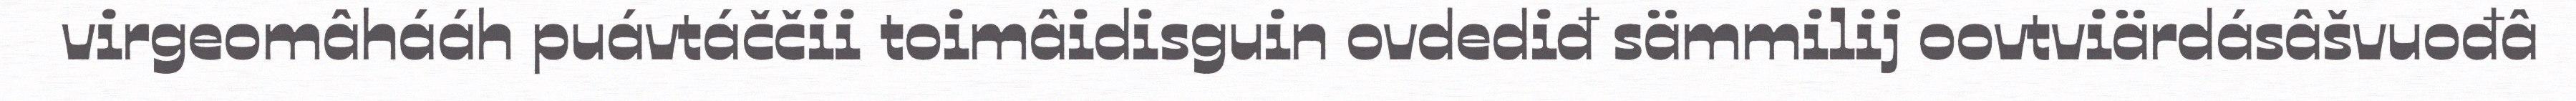
virgeomâhááh puávtáččii toimâidisguin ovdediđ sämmilij oovtviärdásâšvuođâ